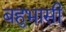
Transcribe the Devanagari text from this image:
बहुभासी